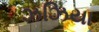
ઝઝિયા